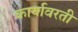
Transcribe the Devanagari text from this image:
कार्यावरती